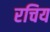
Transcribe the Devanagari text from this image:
रचिय